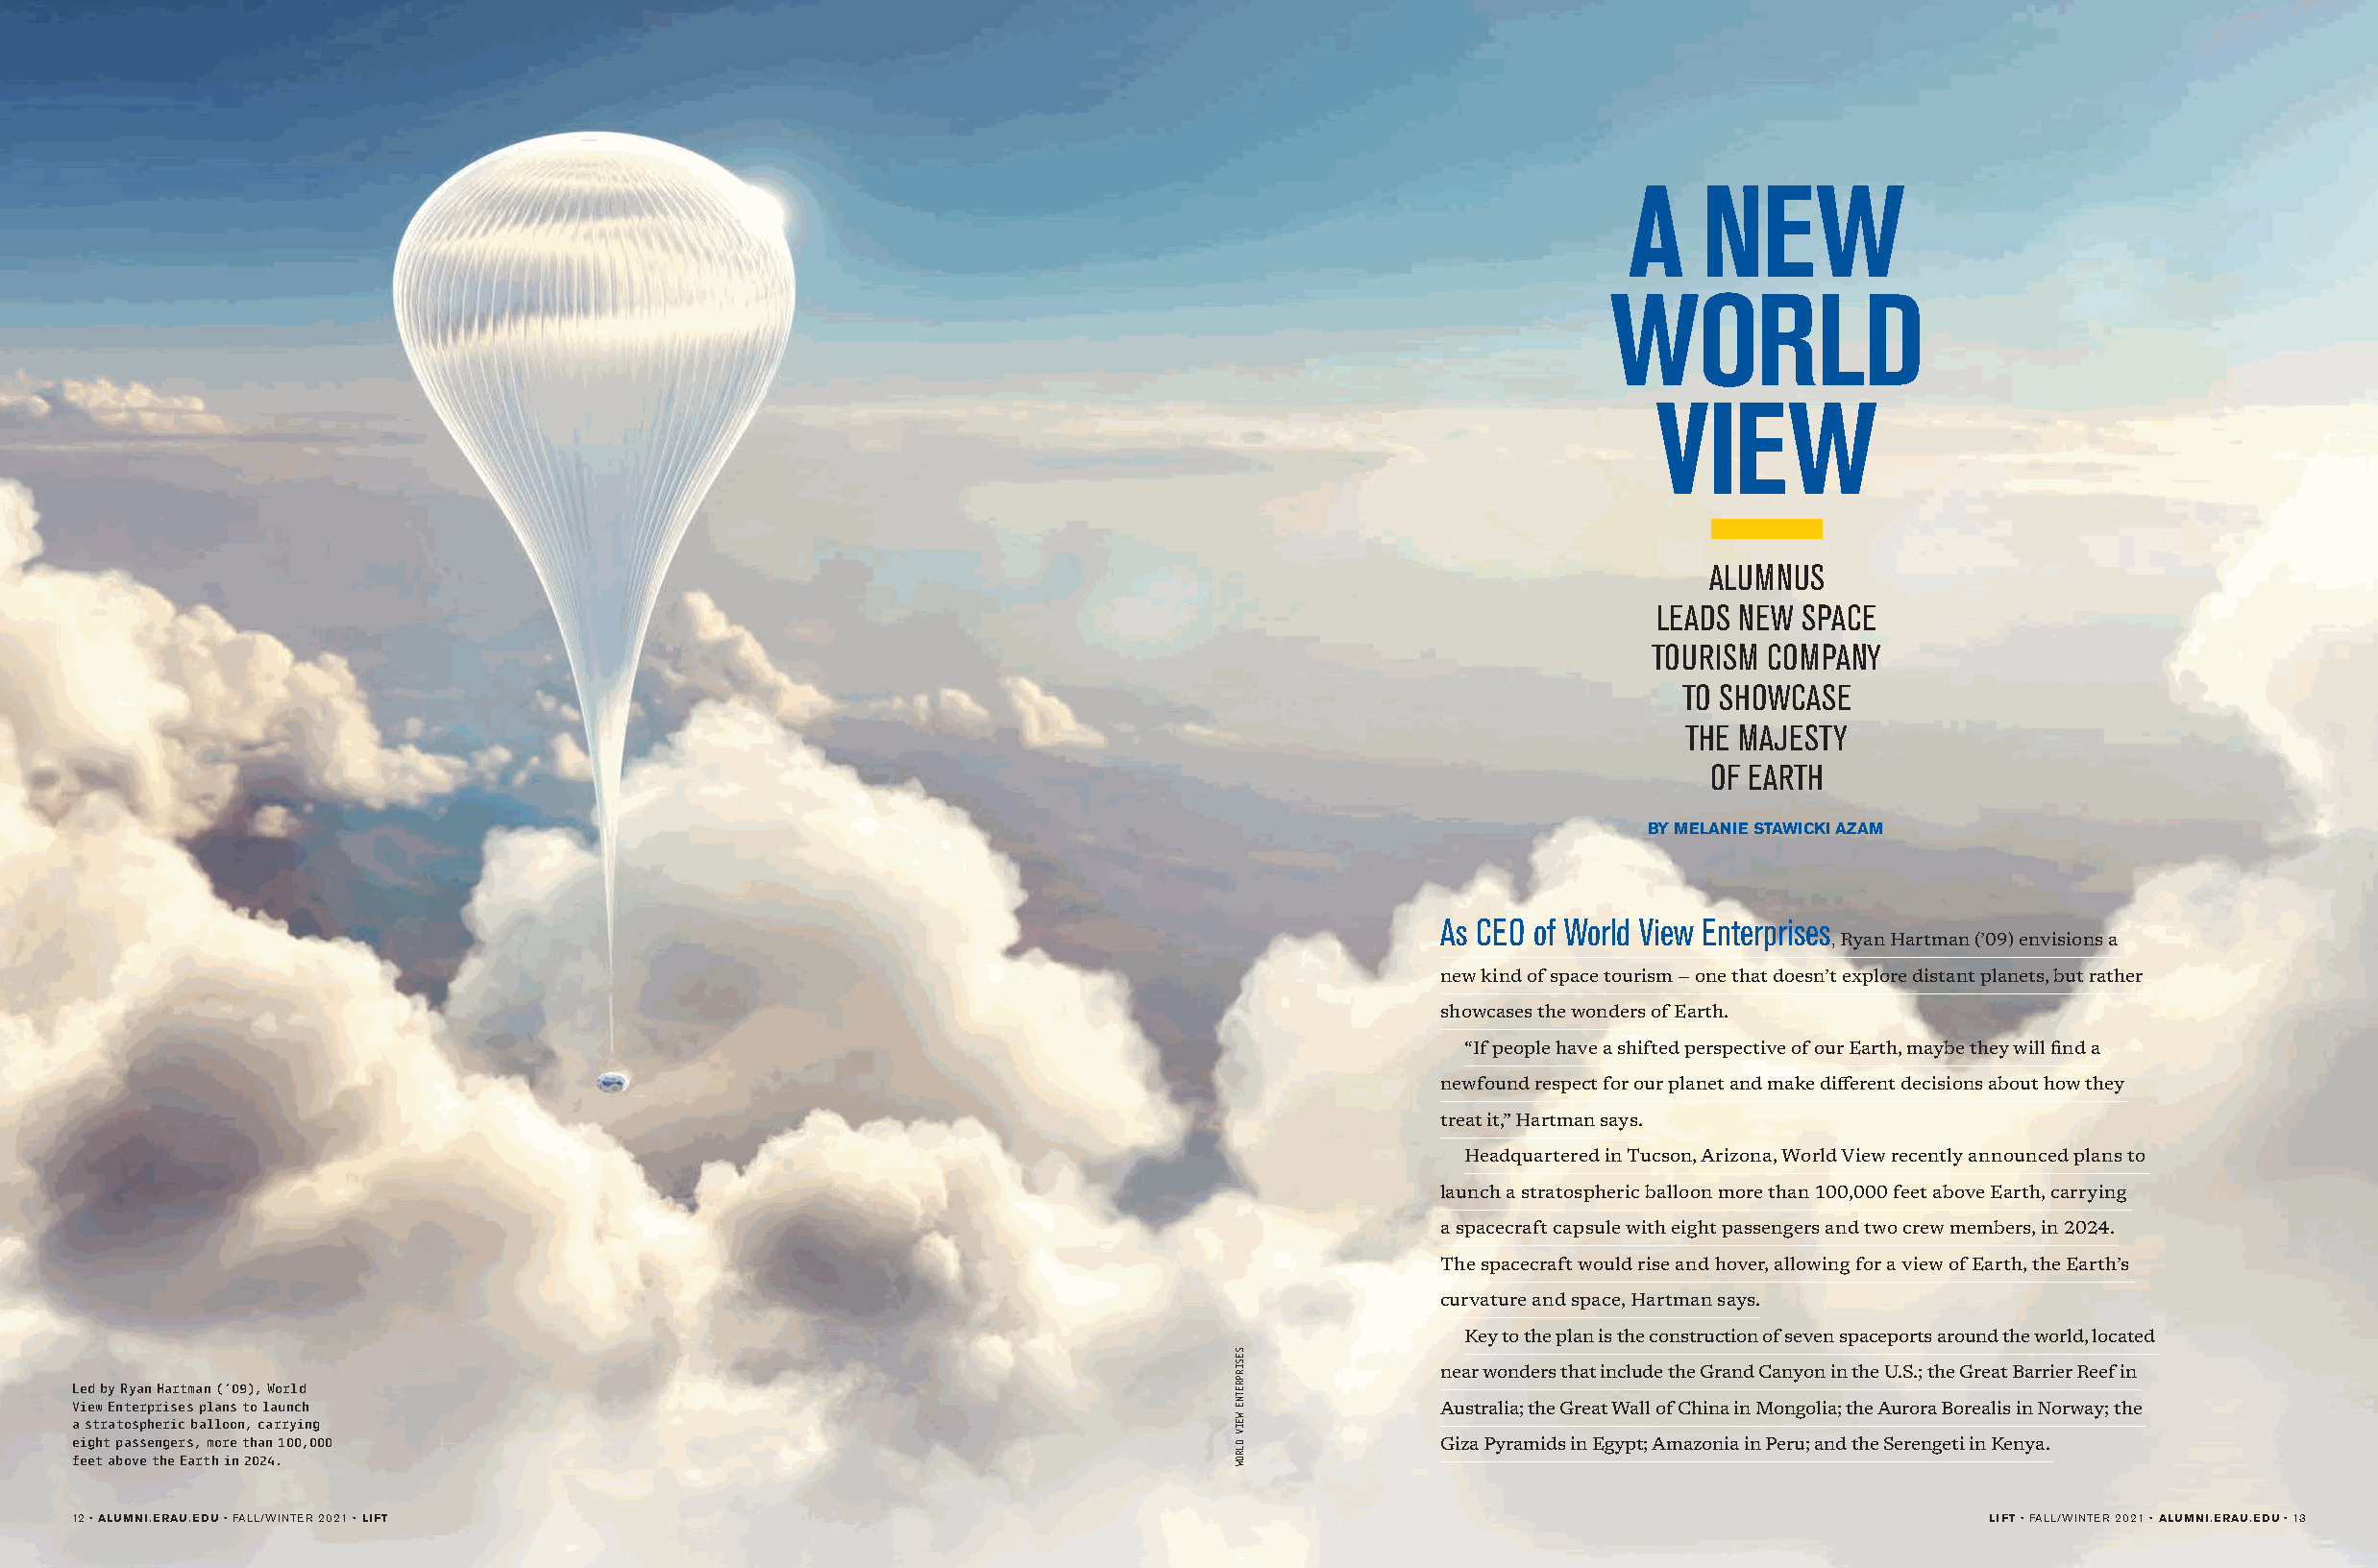
A    NEW
 WORLD
 VIEW
 ALUMNUS
 LEADS NEW SPACE
 TOURISM COMPANY
 TO SHOWCASE
 THE MAJESTY
 OF EARTH
 BY MELANIE STAWICKI AZAM
 As CEO of World View Enterprises
 , Ryan Hartman (’09) envisions a
 new kind of space tourism — one that doesn’t explore distant planets, but rather
 showcases the wonders of Earth.
 “If people have a shifted perspective of our Earth, maybe they will find a
 newfound respect for our planet and make different decisions about how they
 treat it,” Hartman says.
 Headquartered in Tucson, Arizona, World View recently announced plans to
 launch a stratospheric balloon more than 100,000 feet above Earth, carrying
 a spacecraft capsule with eight passengers and two crew members, in 2024.
 The spacecraft would rise and hover, allowing for a view of Earth, the Earth’s
 curvature and space, Hartman says.
 Key to the plan is the construction of seven spaceports around the world, located
 near wonders that include the Grand Canyon in the U.S.; the Great Barrier Reef in
 Led by Ryan Hartman (’09), World
 View Enterprises plans to launch                                                              Australia; the Great Wall of China in Mongolia; the Aurora Borealis in Norway; the
 a stratospheric balloon, carrying
 eight passengers, more than 100,000                                                           Giza Pyramids in Egypt; Amazonia in Peru; and the Serengeti in Kenya.
 feet above the Earth in 2024.
 1122 •• AALLUUMMNNII..EERRAAUU..EEDDUU •• FFAALLLL//WWIINNTTEERR 22002211 •• LLIIFFTT                                               LLIIFFTT •• FFAALLLL//WWIINNTTEERR 22002211 •• AALLUUMMNNII..EERRAAUU..EEDDUU •• 1133
 SESIRPRETNE
 WEIV
 DLROW